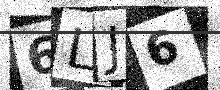
Text: 6LJ6